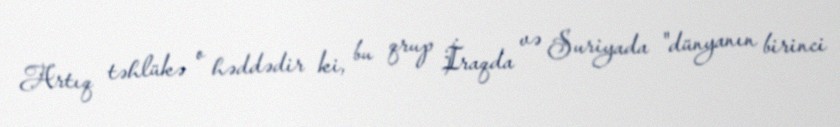
Artıq təhlükə o həddədir ki, bu qrup İraqda və Suriyada "dünyanın birinci